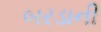
બરડાની